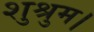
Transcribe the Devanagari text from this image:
शुश्रुम।